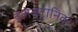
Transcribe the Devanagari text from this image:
इलेक्‍ट्रानिक